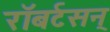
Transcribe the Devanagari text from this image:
रॉबर्टसन्